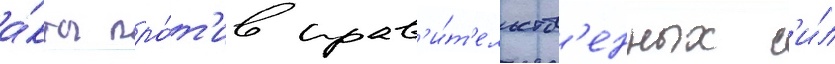
а́кты про́т'ив прав'и́т'ельств'енных с'и́л